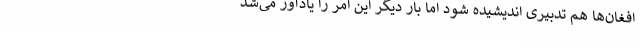
افغان‌ها هم تدبیری اندیشیده شود اما بار دیگر این امر را یادآور می‌شد